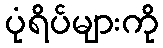
ပုံရိပ်များကို